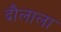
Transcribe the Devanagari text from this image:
दौलाला